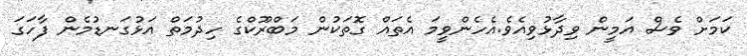
ކަމަށް ވެސް އަމީން ވިދާޅުވިއެވެ.އެހެންވީމަ އެތައް ގޮތަކުން މަބްރޫކްގެ ހިދުމަތް އަޅުގަނޑުމެން ފާހަގަ